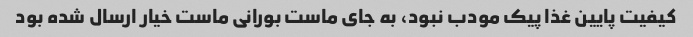
کیفیت پایین غذا پیک مودب نبود، به جای ماست بورانی ماست خیار ارسال شده بود